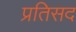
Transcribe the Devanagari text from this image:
प्रतिसद